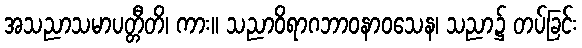
အသညာသမာပတ္တီတိ၊ ကား။ သညာဝိရာဂဘာဝနာဝသေန၊ သညာ၌ တပ်ခြင်း